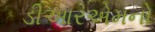
ડીઆરએમનો